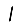
Digit: 1